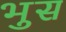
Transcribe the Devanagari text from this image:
भुस